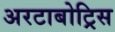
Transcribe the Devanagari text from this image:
अरटाबोट्रिस